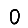
Digit: 0